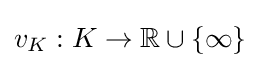
v_{K}:K\to \mathbb {R} \cup \{\infty \}